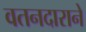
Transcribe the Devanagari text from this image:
वतनदाराने